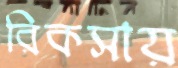
রিকসায়